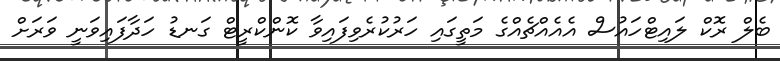
ބެލް ރޮކް ލައިޓްހައުސް އެއެއްޗެއްގެ މަތީގައި ހަރުކުރެވިފައިވާ ކޮންކްރީޓް ގަނޑު ހަދާފައިވަނީ ވަރަށް